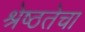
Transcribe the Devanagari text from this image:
श्रेष्ठतेचा